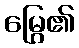
မြွေ၏